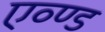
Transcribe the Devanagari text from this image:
एव्ण्ड